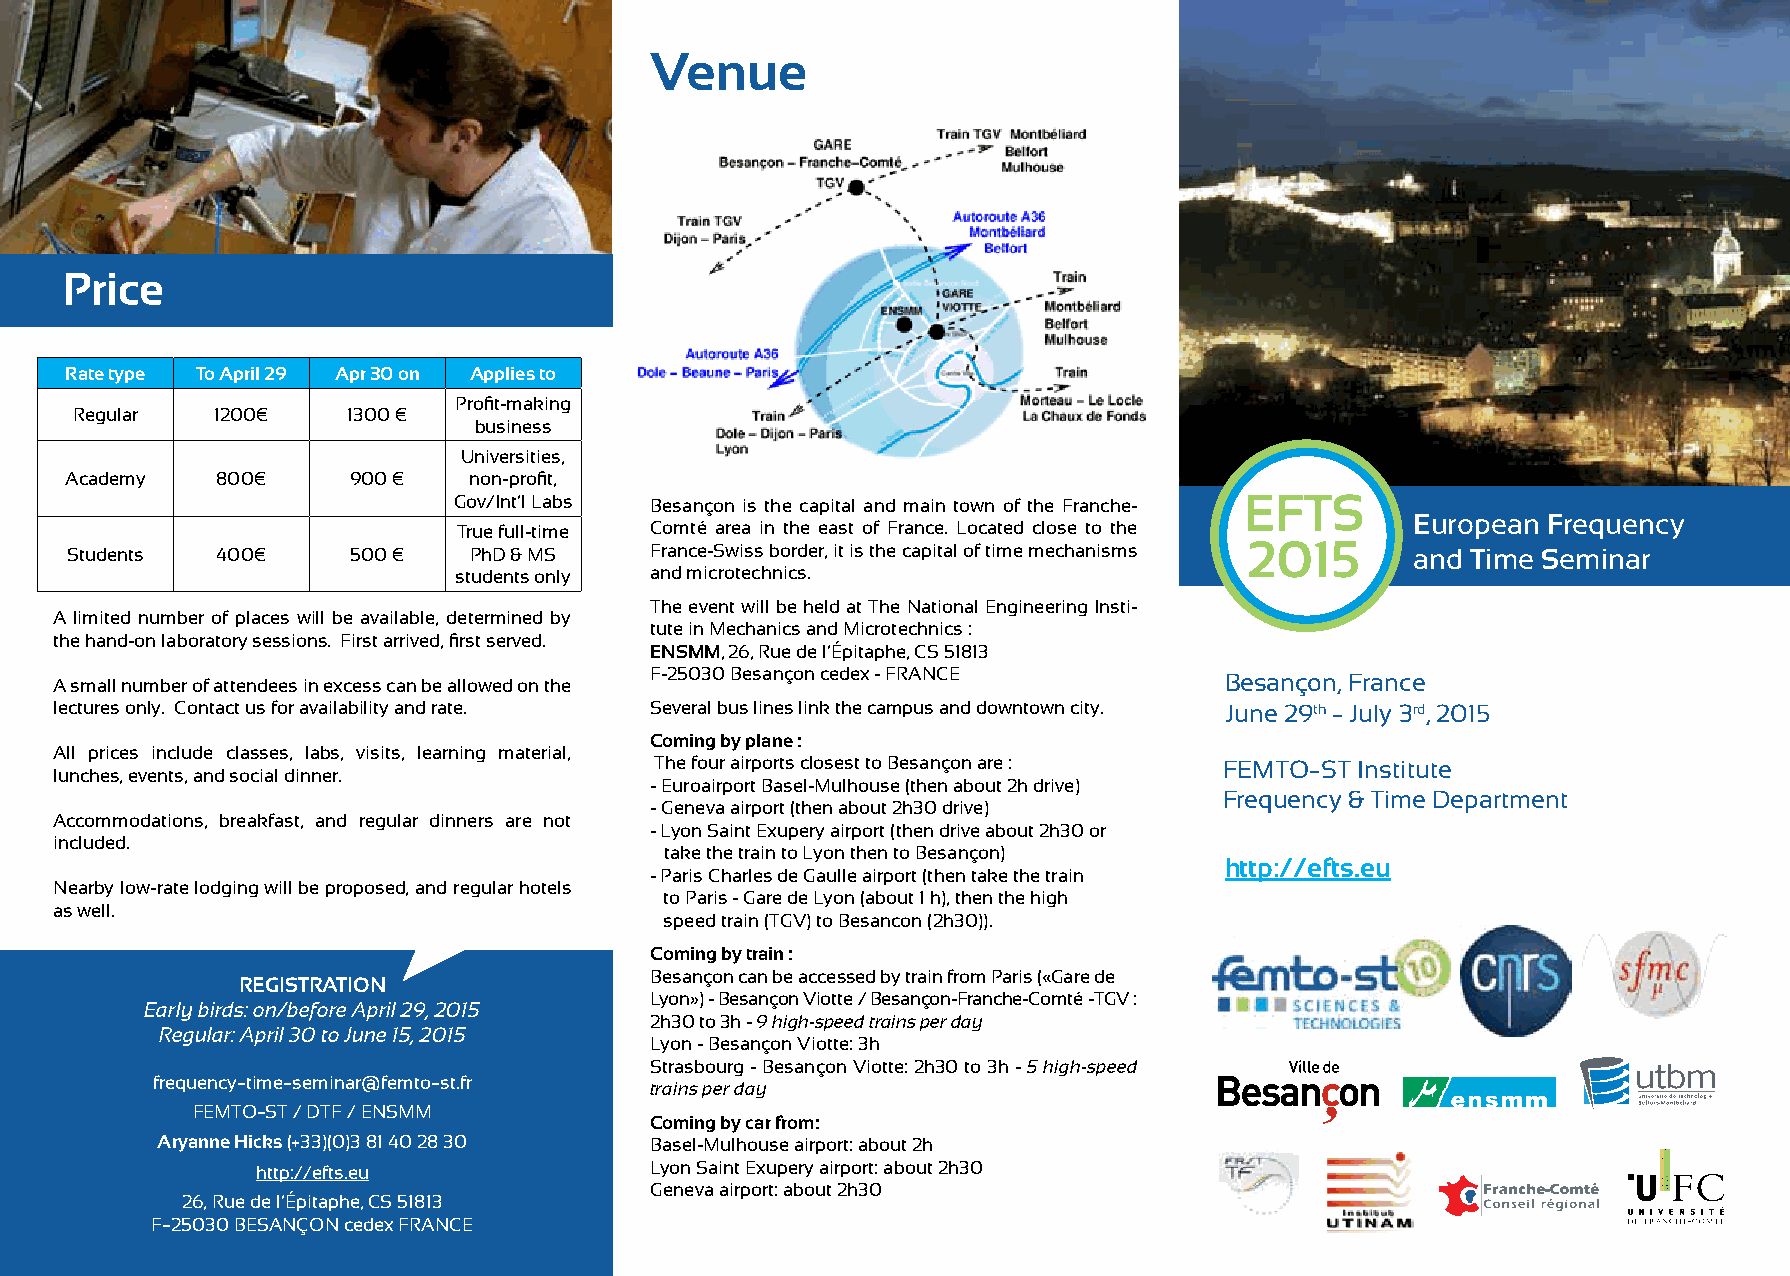
Venue
 Price
 Rate type To April 29 Apr 30 on Applies to
 Profit-making
 Regular  1200€    1300 €
 business
 Universities,
 Academy   800€     900 €   non-profit,
 Gov/Int’l Labs Besançon is the capital and main town of the Franche- EFTS
 European Frequency
 True full-time Comté area in the east of France. Located close to the
 Students  400€     500 €   PhD & MS    France-Swiss border, it is the capital of time mechanisms 2015 and Time Seminar
 students only and microtechnics.
 The event will be held at The National Engineering Insti-
 A limited number of places will be available, determined by
 tute in Mechanics and Microtechnics :
 the hand-on laboratory sessions. First arrived, first served.
 ENSMM, 26, Rue de l’Épitaphe, CS 51813
 A small number of attendees in excess can be allowed on the F-25030 Besançon cedex - FRANCE Besançon, France
 lectures only. Contact us for availability and rate. Several bus lines link the campus and downtown city. June 29th − July 3rd, 2015
 Coming by plane :
 All prices include classes, labs, visits, learning material,
 The four airports closest to Besançon are : FEMTO−ST Institute
 lunches, events, and social dinner.
 - Euroairport Basel-Mulhouse (then about 2h drive)
 Frequency & Time Department
 - Geneva airport (then about 2h30 drive)
 Accommodations, breakfast, and regular dinners are not
 - Lyon Saint Exupery airport (then drive about 2h30 or
 included.
 take the train to Lyon then to Besançon)
 http://efts.eu
 - Paris Charles de Gaulle airport (then take the train
 Nearby low-rate lodging will be proposed, and regular hotels
 to Paris - Gare de Lyon (about 1 h), then the high
 as well.
 speed train (TGV) to Besancon (2h30)).
 Coming by train :
 Besançon can be accessed by train from Paris («Gare de
 REGISTRATION
 Lyon») - Besançon Viotte / Besançon-Franche-Comté -TGV :
 Early birds: on/before April 29, 2015
 2h30 to 3h - 9 high-speed trains per day
 Regular: April 30 to June 15, 2015
 Lyon - Besançon Viotte: 3h
 Strasbourg - Besançon Viotte: 2h30 to 3h - 5 high-speed
 frequency−time−seminar@femto−st.fr trains per day
 FEMTO−ST / DTF / ENSMM
 Coming by car from:
 Aryanne Hicks (+33)(0)3 81 40 28 30 Basel-Mulhouse airport: about 2h
 http://efts.eu            Lyon Saint Exupery airport: about 2h30
 Geneva airport: about 2h30
 26, Rue de l’Épitaphe, CS 51813
 F−25030 BESANÇON cedex FRANCE